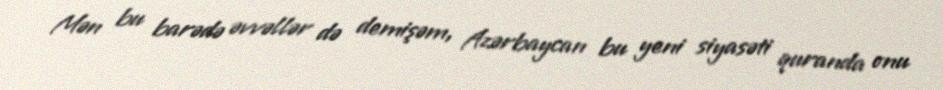
Mən bu barədə əvvəllər də demişəm, Azərbaycan bu yeni siyasəti quranda onu